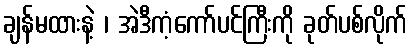
ချန်မထားနဲ့ ၊ အဲဒီကံ့ကော်ပင်ကြီးကို ခုတ်ပစ်လိုက်